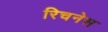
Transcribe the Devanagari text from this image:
रिचनेस